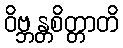
ဝိဗ္ဘန္တစိတ္တာတိ